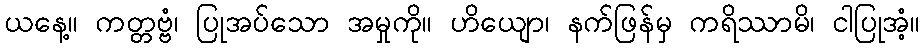
ယနေ့။ ကတ္တဗ္ဗံ၊ ပြုအပ်သော အမှုကို။ ဟိယျော၊ နက်ဖြန်မှ ကရိဿာမိ၊ ငါပြုအံ့။